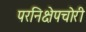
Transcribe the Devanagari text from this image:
परनिक्षेपचोरी